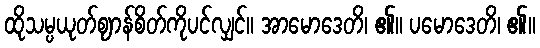
ထိုသမ္ပယုတ်ဈာန်စိတ်ကိုပင်လျှင်။ အာမောဒေတိ၊ ၏။ ပမောဒေတိ၊ ၏။